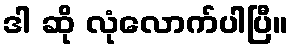
ဒါ ဆို လုံလောက်ပါပြီ။